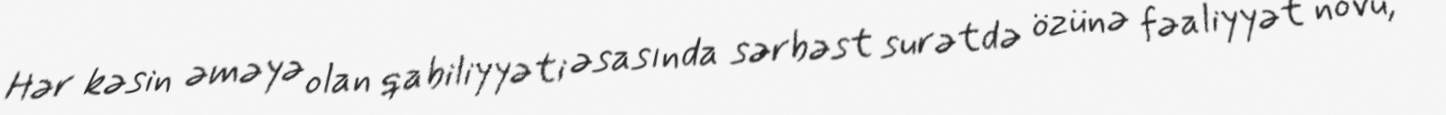
Hər kəsin əməyə olan qabiliyyəti əsasında sərbəst surətdə özünə fəaliyyət növü,